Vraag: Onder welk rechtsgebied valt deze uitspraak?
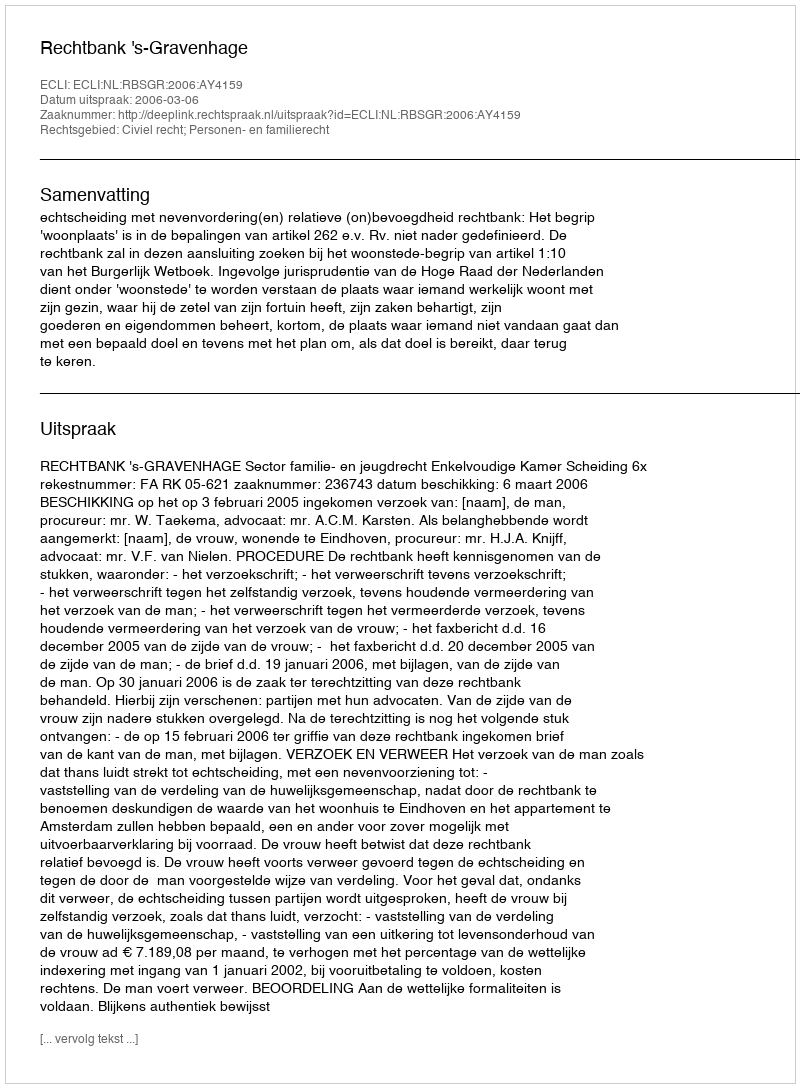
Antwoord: Civiel recht; Personen- en familierecht